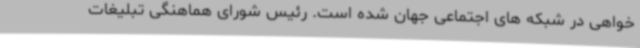
خواهی در شبکه های اجتماعی جهان شده است. رئیس شورای هماهنگی تبلیغات